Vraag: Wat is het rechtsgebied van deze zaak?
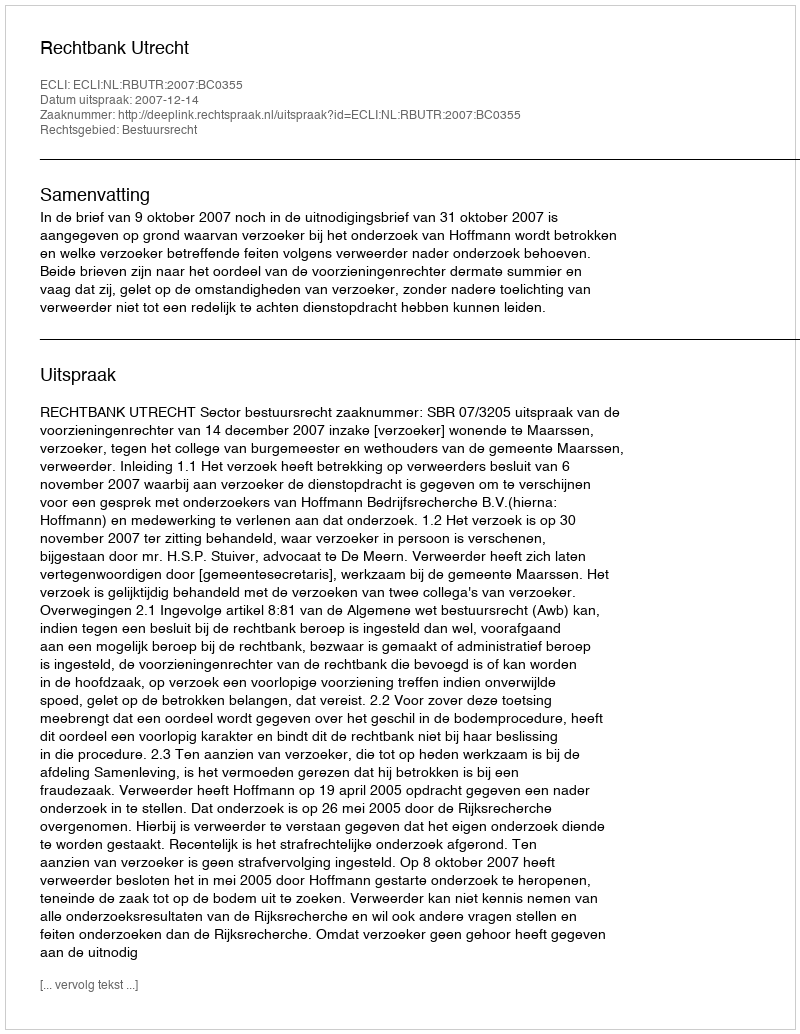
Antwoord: Bestuursrecht